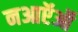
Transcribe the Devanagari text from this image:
नआऍऑ